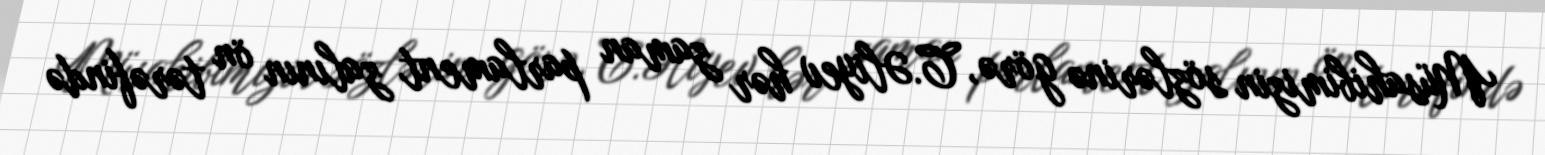
Müsahibimizin sözlərinə görə, C.Əliyev hər zaman parlament zalının ön tərəfində